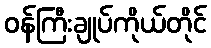
ဝန်ကြီးချုပ်ကိုယ်တိုင်